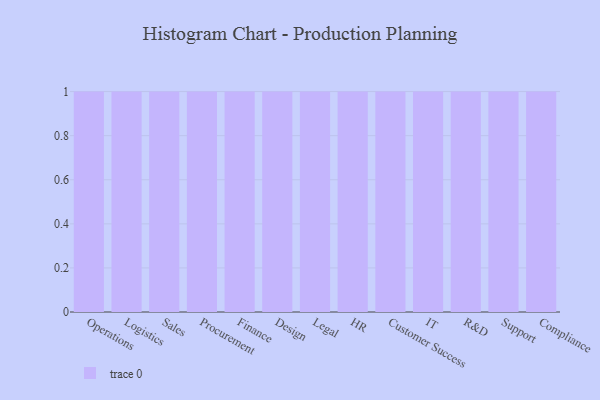
{"axis": {"x": "Department", "y": "Population (Million)"}, "legend": [""], "data": [{"x": "Operations", "y": 85, "type": ""}, {"x": "Logistics", "y": 43, "type": ""}, {"x": "Sales", "y": 27, "type": ""}, {"x": "Procurement", "y": 6, "type": ""}, {"x": "Finance", "y": 41, "type": ""}, {"x": "Design", "y": 24, "type": ""}, {"x": "Legal", "y": 28, "type": ""}, {"x": "HR", "y": 33, "type": ""}, {"x": "Customer Success", "y": 64, "type": ""}, {"x": "IT", "y": 65, "type": ""}, {"x": "R&D", "y": 50, "type": ""}, {"x": "Support", "y": 59, "type": ""}, {"x": "Compliance", "y": 17, "type": ""}]}